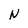
Character: N